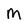
Character: M